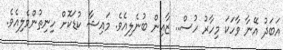
އަބަދު އޭނާ ވާހަކަ މިހާރު ހުސް.. ޒާއިން ބުނެލިއެވެ. މައިޝާ ކުޑަކޮށް ހިނިތުންވެލިއެވެ.